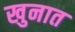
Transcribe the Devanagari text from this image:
खुनात